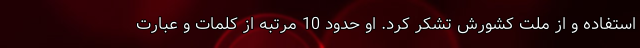
استفاده و از ملت کشورش تشکر کرد. او حدود 10 مرتبه از کلمات و عبارت